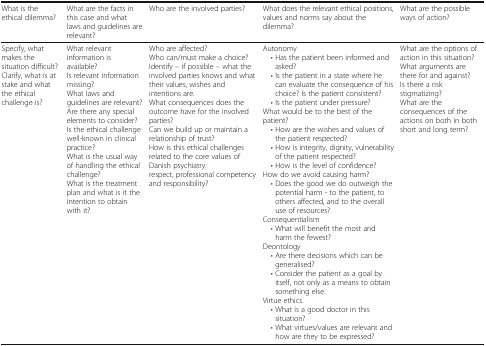
<table><thead><tr><td><b>What is the ethical dilemma?</b></td><td><b>What are the facts in this case and what laws and guidelines are relevant?</b></td><td><b>Who are the involved parties?</b></td><td><b>What does the relevant ethical positions, values and norms say about the dilemma?</b></td><td><b>What are the possible ways of action?</b></td></tr></thead><tbody><tr><td>Specify, what makes the situation difficult?Clarify, what is at stake and what the ethical challenge is?</td><td>What relevant information is available?Is relevant information missing?What laws and guidelines are relevant?Are there any special elements to consider?Is the ethical challenge well-known in clinical practice?What is the usual way of handling the ethical challenge?What is the treatment plan and what is it the intention to obtain with it?</td><td>Who are affected?Who can/must make a choice?Identify – if possible – what the involved parties knows and what their values, wishes and intentions are.What consequences does the outcome have for the involved parties?Can we build up or maintain a relationship of trust?How is this ethical challenges related to the core values of Danish psychiatry:respect, professional competency and responsibility?</td><td>Autonomy • Has the patient been informed and asked? • Is the patient in a state where he can evaluate the consequence of his choice? Is the patient consistent? • Is the patient under pressure?What would be to the best of the patient? • How are the wishes and values of the patient respected? • How is integrity, dignity, vulnerability of the patient respected? • How is the level of confidence?How do we avoid causing harm? • Does the good we do outweigh the potential harm - to the patient, to others affected, and to the overall use of resources?Consequentialism • What will benefit the most and harm the fewest?Deontology • Are there decisions which can be generalised? • Consider the patient as a goal by itself, not only as a means to obtain something else.Virtue ethics. • What is a good doctor in this situation? • What virtues/values are relevant and how are they to be expressed?</td><td>What are the options of action in this situation?What arguments are there for and against?Is there a risk stigmatizing?What are the consequences of the actions on both in both short and long term?</td></tr></tbody></table>